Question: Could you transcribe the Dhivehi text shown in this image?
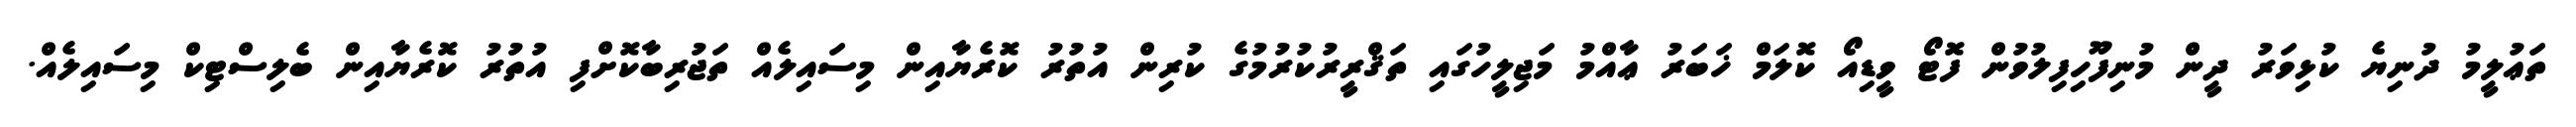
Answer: ތަޢުލީމު ދުނިޔެ ކުޅިވަރު ދީން މުނިފޫހިފިލުވުން ފޮޓޯ ވީޑިއޯ ކޮލަމް ޚަބަރު ޢާއްމު މަޖިލީހުގައި ތަޤްރީރުކުރުމުގެ ކުރިން އުތުރު ކޮރެޔާއިން މިސައިލެއް ތަޖުރިބާކޮށްފި އުތުރު ކޮރެޔާއިން ބެލިސްޓިކް މިސައިލެއް.